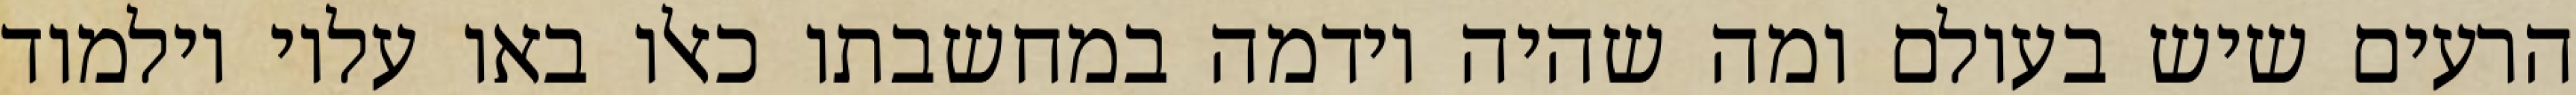
הרעים שיש בעולם ומה שהיה וידמה במחשבתו כאלו באו עליו וילמוד